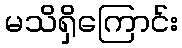
မသိရှိကြောင်း